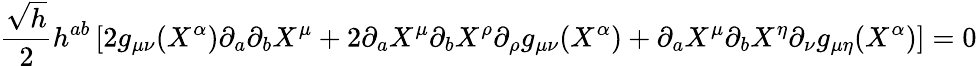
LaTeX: \frac{\sqrt{h}}{2}h^{ab}\left[2g_{\mu\nu}(X^{\alpha})\partial_{a}\partial_{b}X^{\mu}+2\partial_{a}X^{\mu}\partial_{b}X^{\rho}\partial_{\rho}g_{\mu\nu}(X^{\alpha})+\partial_{a}X^{\mu}\partial_{b}X^{\eta}\partial_{\nu}g_{\mu\eta}(X^{\alpha})\right]=0